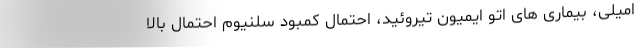
امیلی، بیماری های اتو ایمیون تیروئید، احتمال کمبود سلنیوم احتمال بالا